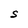
Character: S